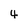
Character: 4